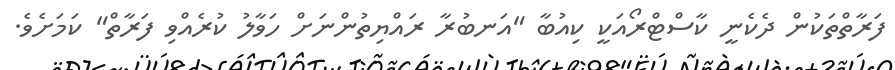
ފަރާތްތަކުން ދެކެނީ ކާސްޓްރޯއަކީ ކިއުބާ "އަނބުރާ ރައްޔިތުންނަށް ހަވާލު ކުރެއްވި ފަރާތް" ކަމަށެވެ.